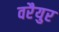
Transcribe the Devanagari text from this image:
वरैयुर